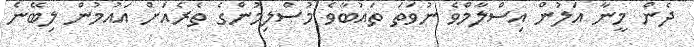
ދެން މީނާ އަލުން އިސްލާމްވެ ނުވަތަ ތައުބާވެ މުސްލިމުންގެ ތެރެއަށް އައުމުން ލިބޭނެ